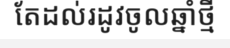
តែដល់រដូវចូលឆ្នាំថ្មី